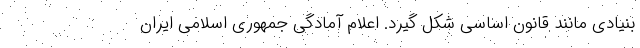
بنیادی مانند قانون اساسی شکل گیرد. اعلام آمادگی جمهوری اسلامی ایران